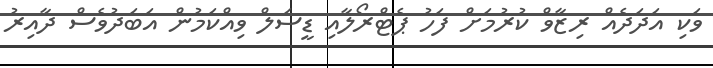
ވަކި އަދަދެއް ރިޒާވް ކުރުމަށް ފަހު ޕެޓްރޯލާއި ޑީސަލް ވިއްކަމުން އަބަދުވެސް ދާއިރު